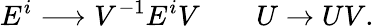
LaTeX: E^{i}\longrightarrow V^{-1}E^{i}V\qquad U\to UV.